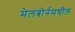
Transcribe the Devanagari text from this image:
मेलबोर्नमधील